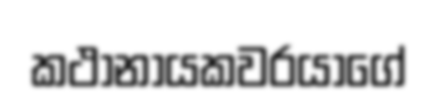
කථානායකවරයාගේ